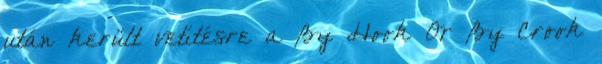
után került vetítésre a By Hook Or By Crook